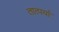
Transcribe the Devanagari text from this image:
तात्पर्या